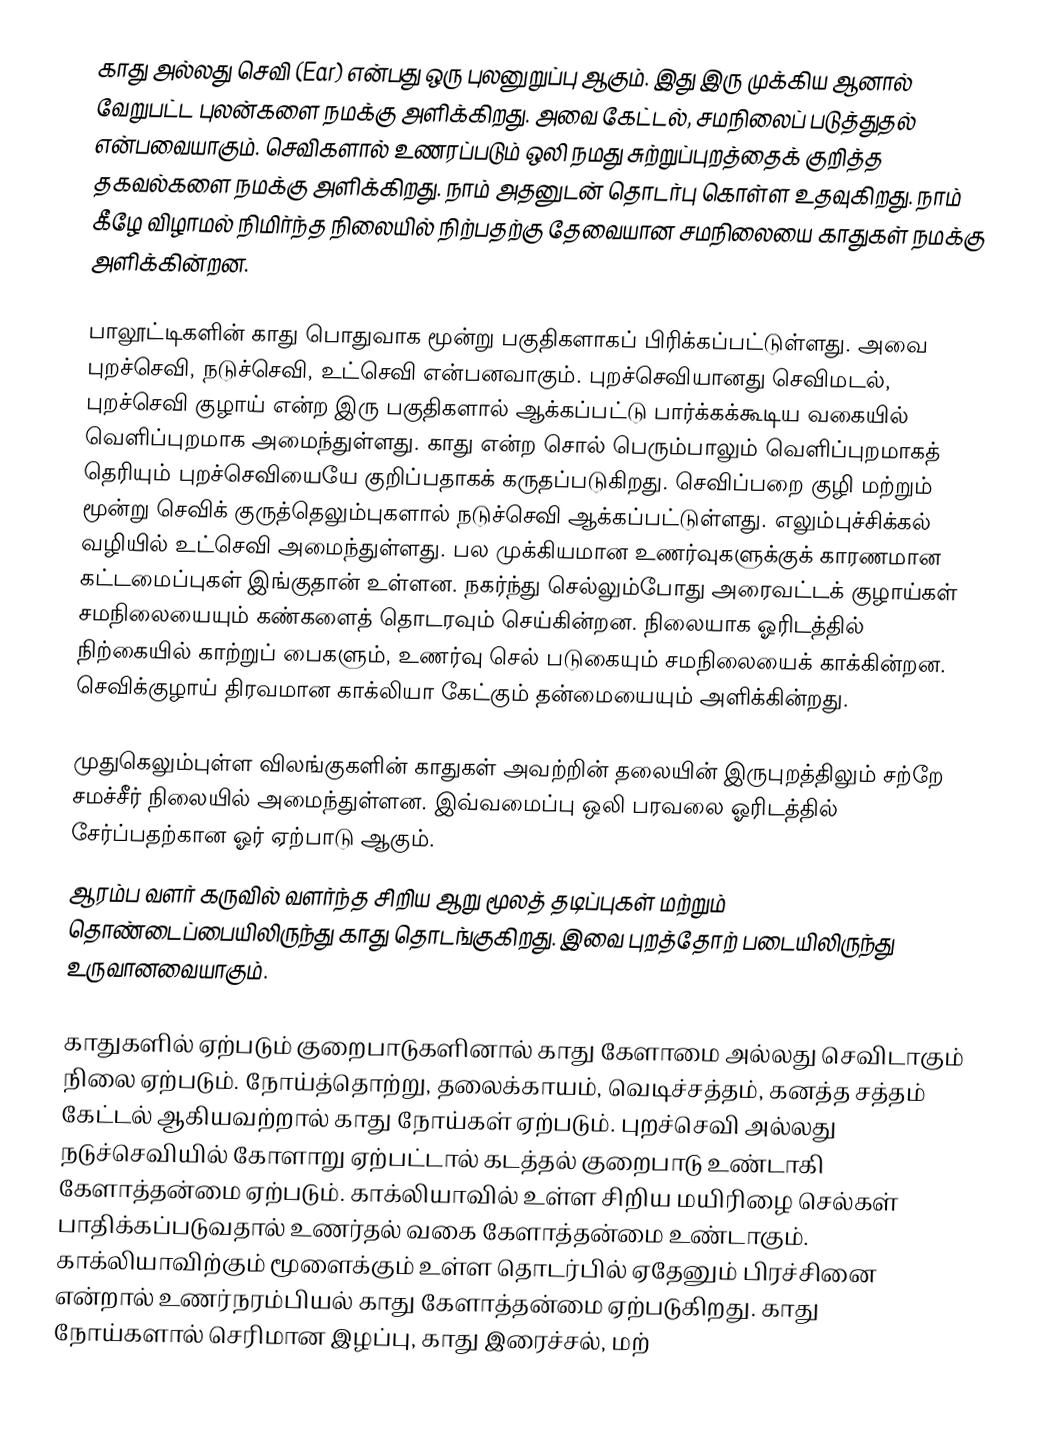
காது அல்லது செவி (Ear) என்பது ஒரு புலனுறுப்பு ஆகும். இது இரு முக்கிய ஆனால் வேறுபட்ட புலன்களை நமக்கு அளிக்கிறது. அவை கேட்டல், சமநிலைப் படுத்துதல் என்பவையாகும். செவிகளால் உணரப்படும் ஒலி நமது சுற்றுப்புறத்தைக் குறித்த தகவல்களை நமக்கு அளிக்கிறது. நாம் அதனுடன் தொடர்பு கொள்ள உதவுகிறது. நாம் கீழே விழாமல் நிமிர்ந்த நிலையில் நிற்பதற்கு தேவையான சமநிலையை காதுகள் நமக்கு அளிக்கின்றன.

பாலூட்டிகளின் காது பொதுவாக மூன்று பகுதிகளாகப் பிரிக்கப்பட்டுள்ளது. அவை புறச்செவி, நடுச்செவி, உட்செவி என்பனவாகும். புறச்செவியானது செவிமடல், புறச்செவி குழாய் என்ற இரு பகுதிகளால் ஆக்கப்பட்டு பார்க்கக்கூடிய வகையில் வெளிப்புறமாக அமைந்துள்ளது. காது என்ற சொல் பெரும்பாலும் வெளிப்புறமாகத் தெரியும் புறச்செவியையே குறிப்பதாகக் கருதப்படுகிறது. செவிப்பறை குழி மற்றும் மூன்று செவிக் குருத்தெலும்புகளால் நடுச்செவி ஆக்கப்பட்டுள்ளது. எலும்புச்சிக்கல் வழியில் உட்செவி அமைந்துள்ளது. பல முக்கியமான உணர்வுகளுக்குக் காரணமான கட்டமைப்புகள் இங்குதான் உள்ளன. நகர்ந்து செல்லும்போது அரைவட்டக் குழாய்கள் சமநிலையையும் கண்களைத் தொடரவும் செய்கின்றன. நிலையாக ஓரிடத்தில் நிற்கையில் காற்றுப் பைகளும், உணர்வு செல் படுகையும் சமநிலையைக் காக்கின்றன. செவிக்குழாய் திரவமான காக்லியா கேட்கும் தன்மையையும் அளிக்கின்றது.

முதுகெலும்புள்ள விலங்குகளின் காதுகள் அவற்றின் தலையின் இருபுறத்திலும் சற்றே சமச்சீர் நிலையில் அமைந்துள்ளன. இவ்வமைப்பு ஒலி பரவலை ஓரிடத்தில் சேர்ப்பதற்கான ஓர் ஏற்பாடு ஆகும்.
ஆரம்ப வளர் கருவில் வளர்ந்த சிறிய ஆறு மூலத் தடிப்புகள் மற்றும்  தொண்டைப்பையிலிருந்து காது தொடங்குகிறது. இவை புறத்தோற் படையிலிருந்து உருவானவையாகும்.

காதுகளில் ஏற்படும் குறைபாடுகளினால் காது கேளாமை அல்லது செவிடாகும் நிலை ஏற்படும். நோய்த்தொற்று, தலைக்காயம், வெடிச்சத்தம், கனத்த சத்தம் கேட்டல் ஆகியவற்றால் காது நோய்கள் ஏற்படும். புறச்செவி அல்லது நடுச்செவியில் கோளாறு ஏற்பட்டால் கடத்தல் குறைபாடு உண்டாகி கேளாத்தன்மை ஏற்படும். காக்லியாவில் உள்ள சிறிய மயிரிழை செல்கள் பாதிக்கப்படுவதால் உணர்தல் வகை கேளாத்தன்மை உண்டாகும். காக்லியாவிற்கும் மூளைக்கும் உள்ள தொடர்பில் ஏதேனும் பிரச்சினை என்றால் உணர்நரம்பியல் காது கேளாத்தன்மை ஏற்படுகிறது. காது நோய்களால் செரிமான இழப்பு, காது இரைச்சல், மற்